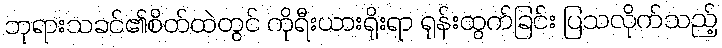
ဘုရားသခင်၏စိတ်ထဲတွင် ကိုရီးယားရိုးရာ ရုန်းထွက်ခြင်း ပြသလိုက်သည့်